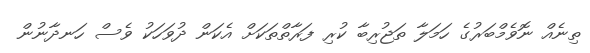
ތިނެއް ނޮވެމްބަރުގެ ހަމަލާ ތަޖުރިބާ ކުރި ފަރާތްތަކަށް އެކަން ދުވަހަކު ވެސް ހަނދާނުން